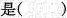
是()